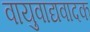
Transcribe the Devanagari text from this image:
वायुवाद्यवादक